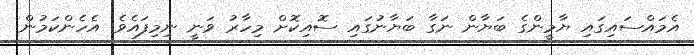
އެމައްސައިގައި ޔާމީންގެ ބަޔާން ނަގާ ބަޔާނުގައި ސޮއިކޮށް މިހާރު ވަނީ ނިމިފައެވެ. އެހެންކަމުން